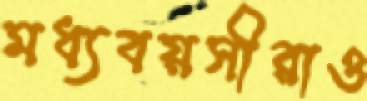
মধ্যবয়সীরাও